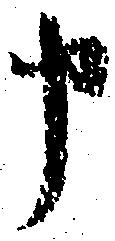
申